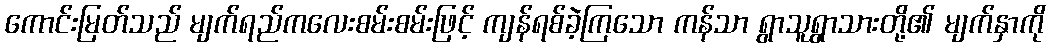
ကောင်းမြတ်သည် မျက်ရည်ကလေးစမ်းစမ်းဖြင့် ကျန်ရစ်ခဲ့ကြသော ကန်သာ ရွာသူရွာသားတို့၏ မျက်နှာကို